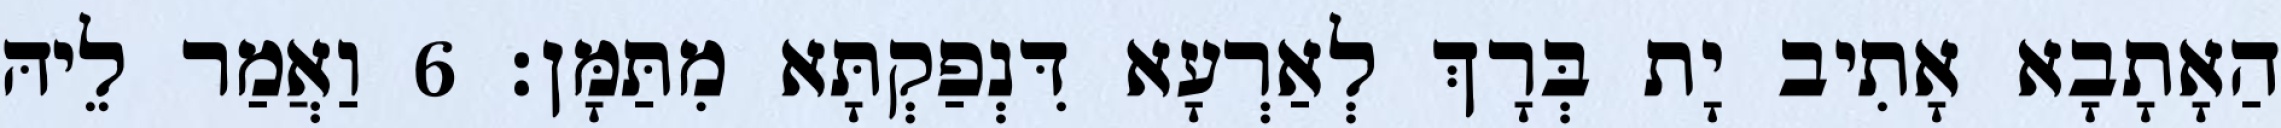
הַאָתָבָא אָתִיב יָת בְּרָךְ לְאַרְעָא דִּנְפַקְתָּא מִתַּמָּן׃ 6 וַאֲמַר לֵיהּ